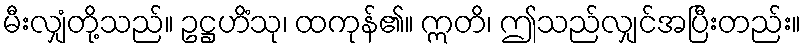
မီးလျှံတို့သည်။ ဥဋ္ဌဟိံသု၊ ထကုန်၏။ ဣတိ၊ ဤသည်လျှင်အပြီးတည်း။